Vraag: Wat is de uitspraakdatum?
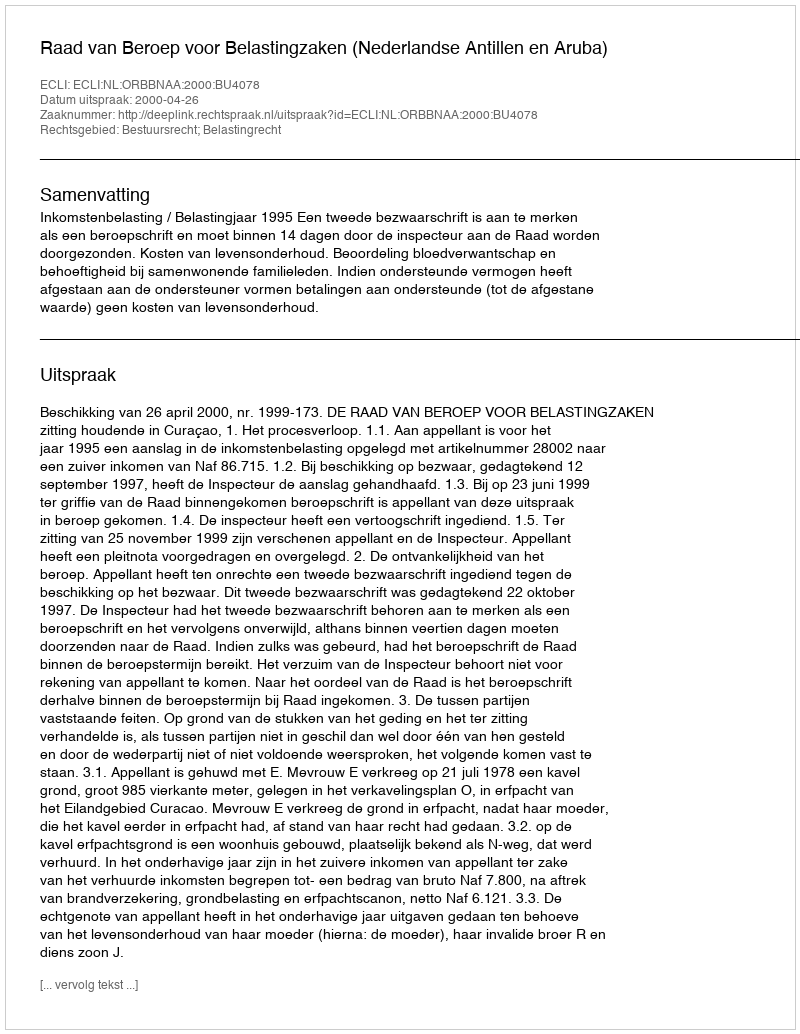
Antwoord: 2000-04-26